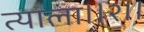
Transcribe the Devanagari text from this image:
त्याला।।२।।